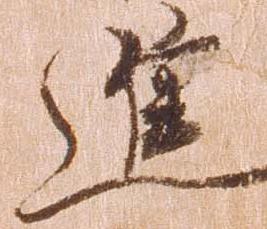
進